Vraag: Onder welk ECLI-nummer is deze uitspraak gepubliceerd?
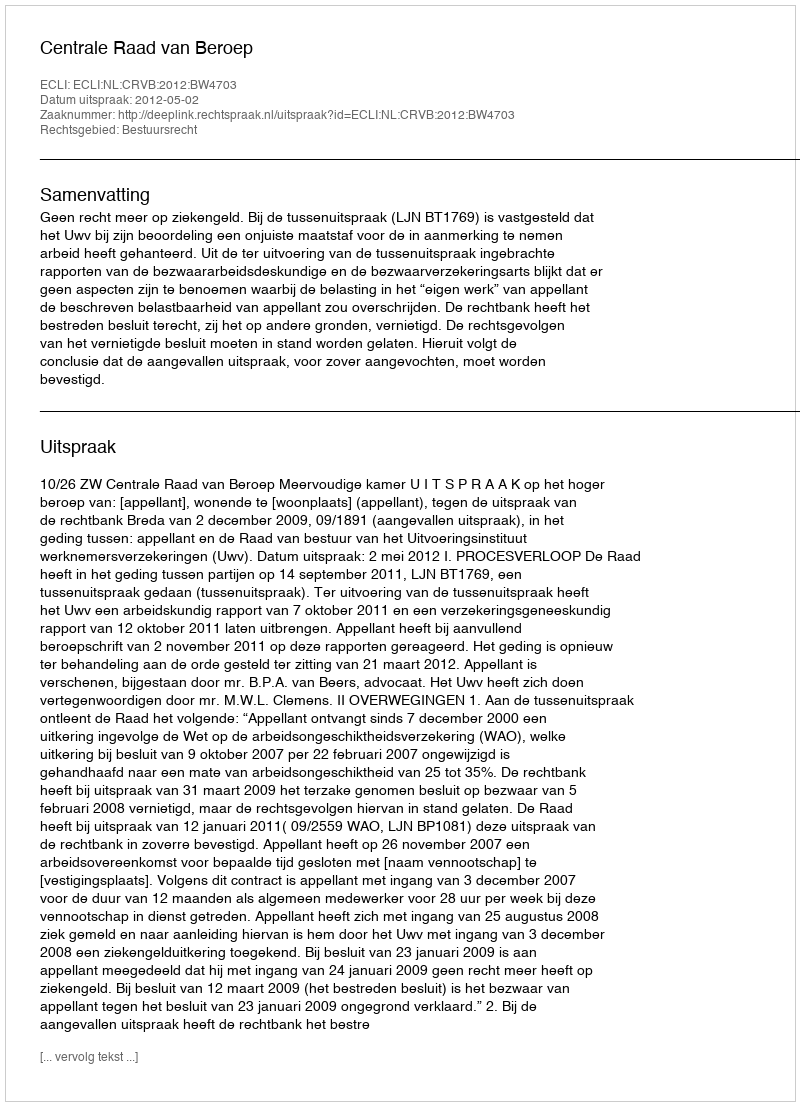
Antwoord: ECLI:NL:CRVB:2012:BW4703